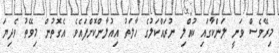
މިރޭވެސް ވަނީ ލަންކާގައި ކުއްލި ނުރައްކަލުގެ ހާލަތު އިއުލާންކޮށްފައެވެ. އެގޮތުން މިވޭތު ވެދިޔަ